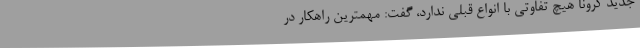
جدید کرونا هیچ تفاوتی با انواع قبلی ندارد، گفت: مهمترین راهکار در